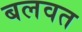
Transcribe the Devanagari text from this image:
बलवत